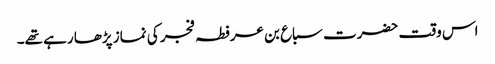
اس وقت حضرت سباع بن عرفطہ فجر کی نماز پڑھا رہے تھے۔